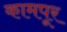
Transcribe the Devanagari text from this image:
कामपूर